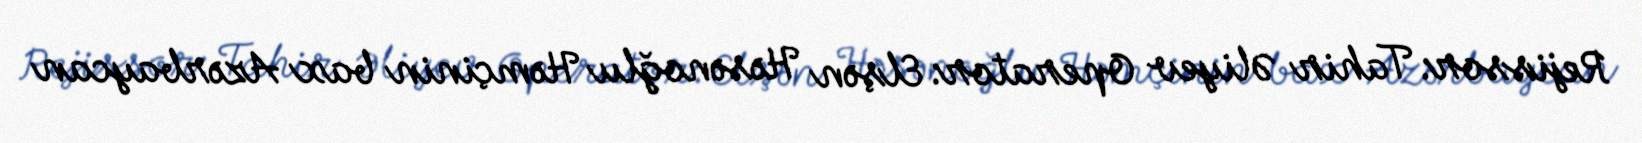
Rejissor: Tahir Əliyev Operator: Elşən Həsənoğlu Həmçinin bax Azərbaycan